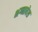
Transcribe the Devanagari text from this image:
भग्नावेश